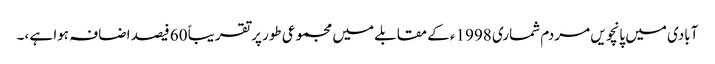
آبادی میں پانچویں مردم شماری 1998ء کے مقابلے میں مجموعی طور پرتقریباً 60 فیصد اضافہ ہوا ہے ،۔